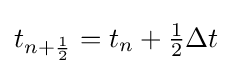
t_{n+{\frac {1}{2}}}=t_{n}+{\tfrac {1}{2}}\Delta t